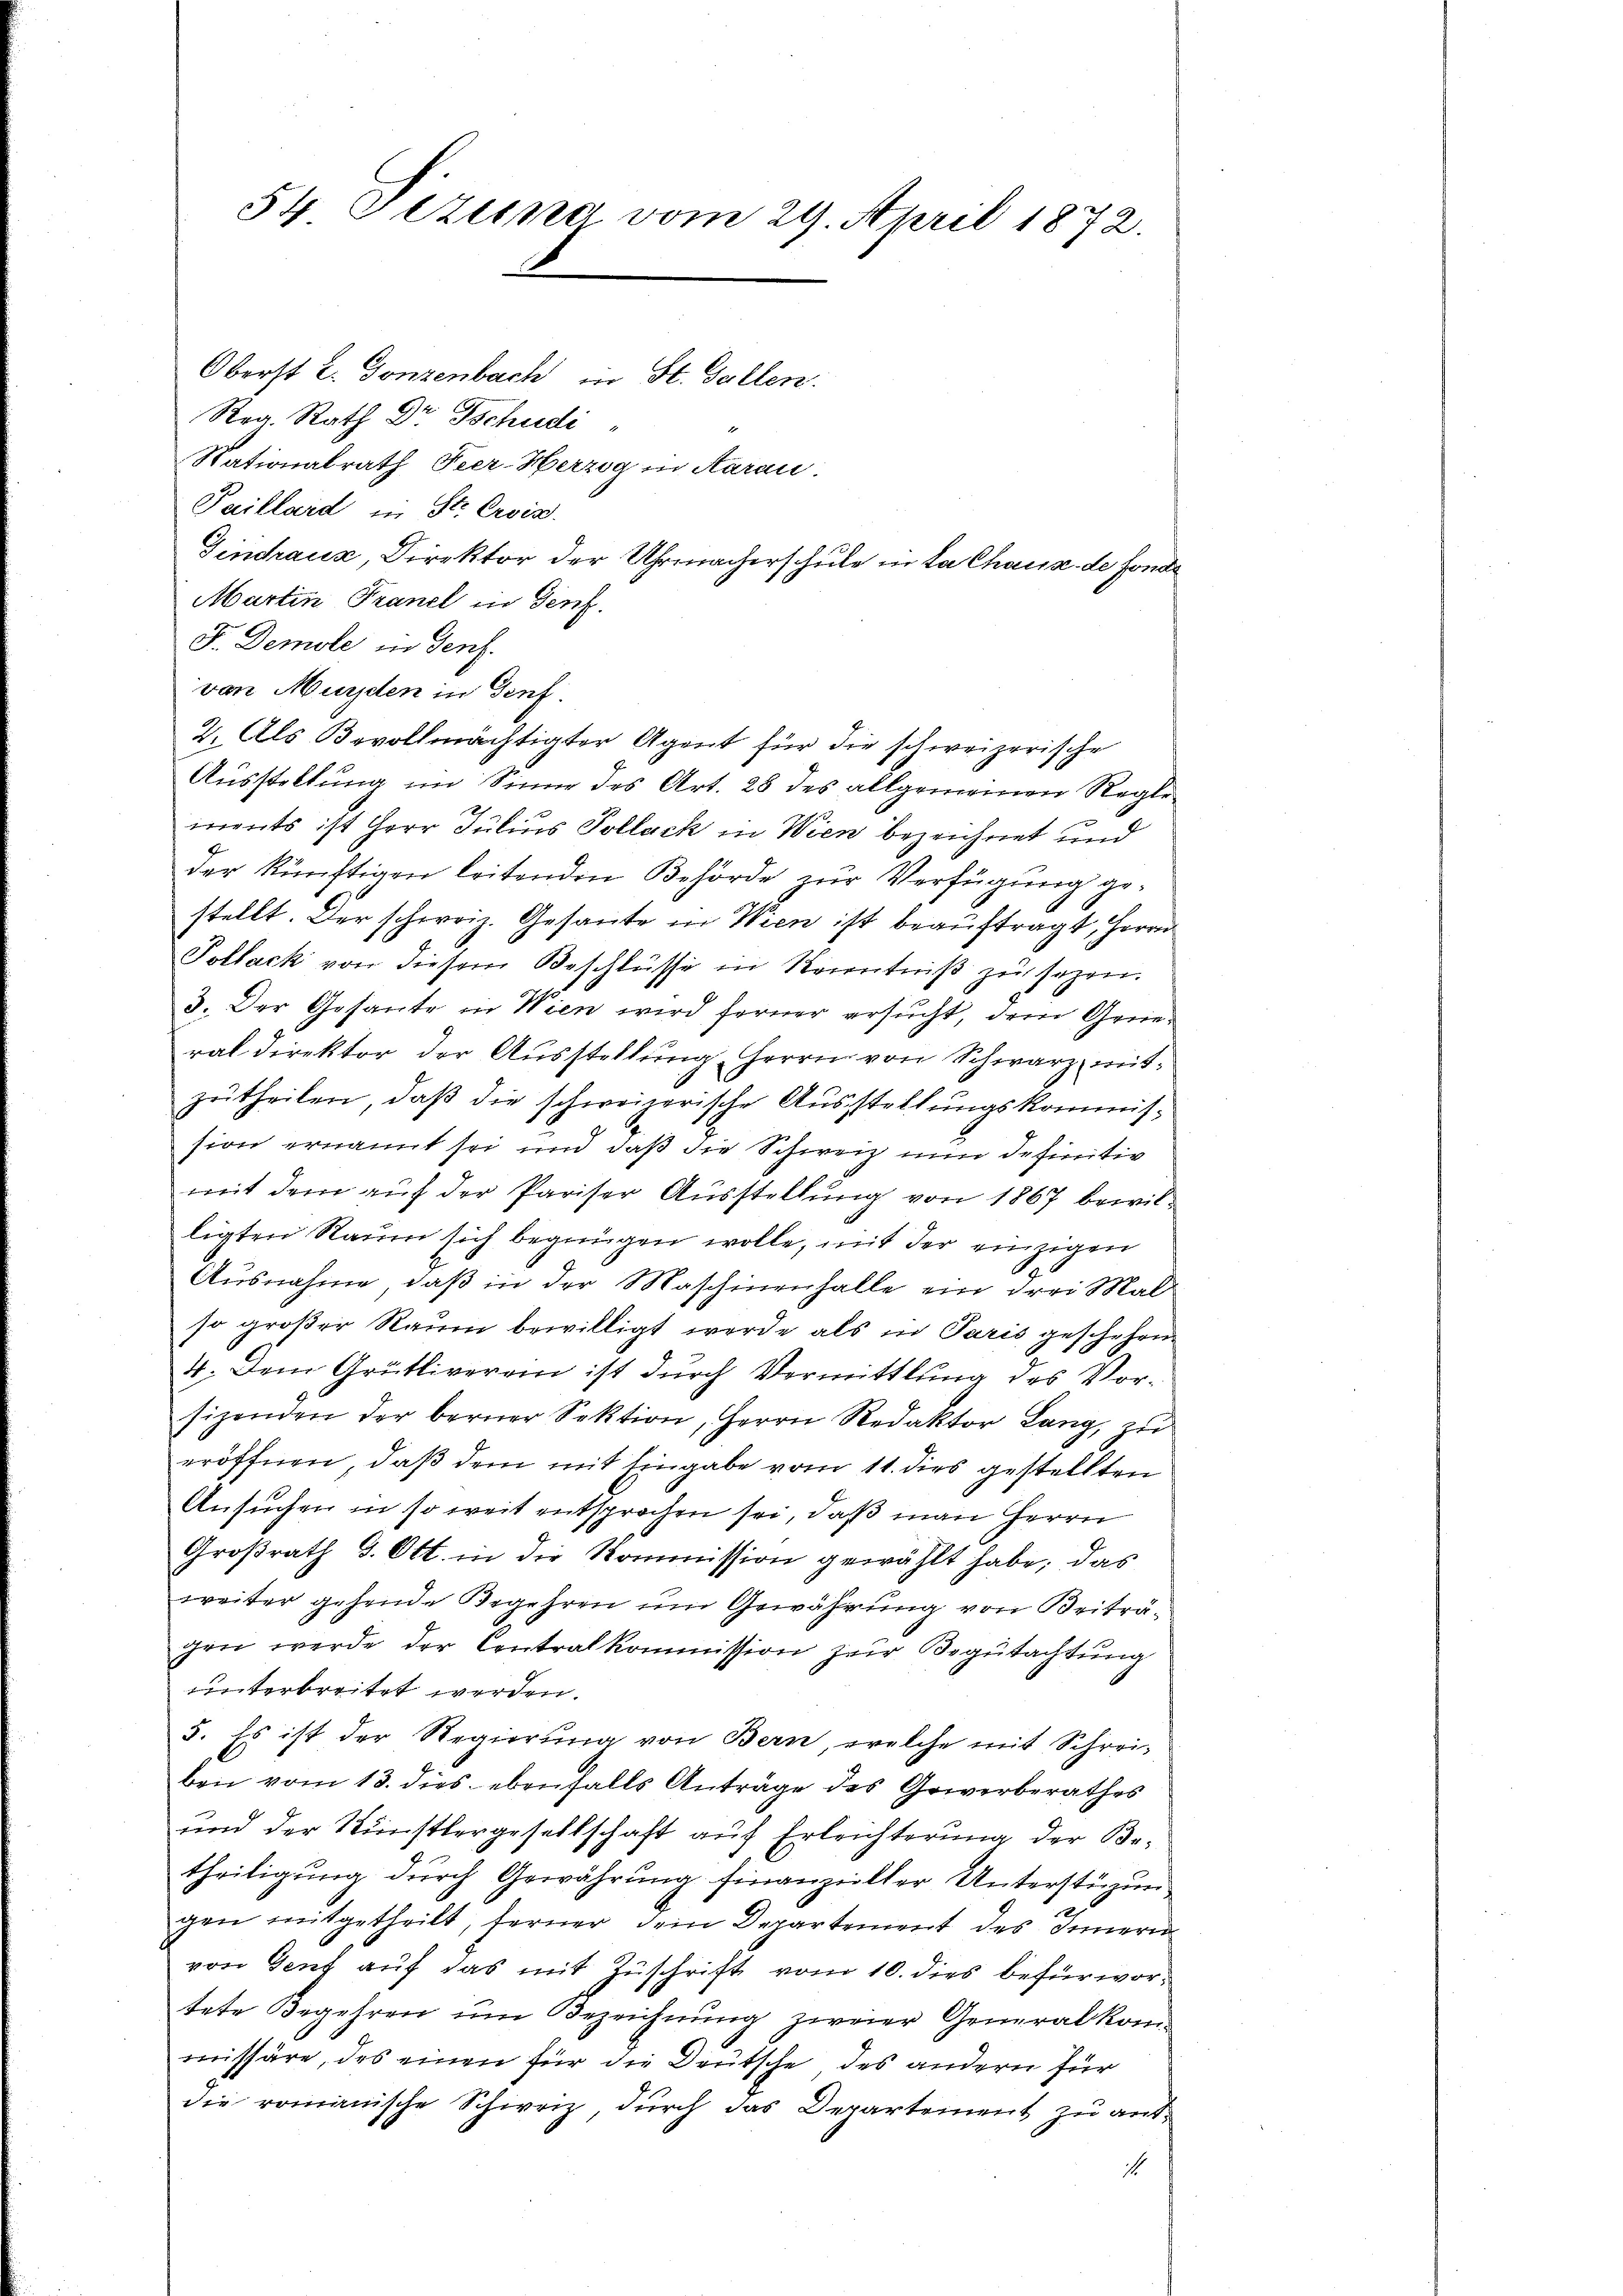
54 sezuna vom 29. April 1872.
Oberst L. Gonzenbach in St. Gallen.
Reg. Rath Dr Tschudi
Nationalrath Peer-Herzog in Aarau.
Paillard in St. Ersiz.
Gindraus, Direktor der Uhrmacherschule in da Chaus de sonde
Martin Franel in Genf.

F. Demole in Genf.
von Murden in Genf.
2. Als Bevollmächtigter Agent für die schweizerische
Ausstellung im Sinne des Art. 28 des allgemeinen Reglemnents ist Herr Julius Pollack in Wien bezeichnet und
der künftigen leitenden Behörde zur Verfügung gestellt. Der schweiz. Gesante in Wien ist beauftragt, Herrn
Pollack von diesem Beschlüsse in Kenntniß zu sezen.
3. Der Gosante in Wien wird ferner ersucht, dem General direktor der Ausstellung, Herrn von Schwarz mitzutheilen, daß die schweizerische Ausstellungskommis-
sion ernannt sei und daß die Schweiz um definitiv
mit dem auf der Pariser Ausstellung von 1867 bewilligten Raum sich begnügen wolle, mit der einzigen
Ausnahme, daß in der Maschinenhalle ein drei Mal
so großer Raum bewilligt werde als in Paris geschehen
4. Dem Grütliverein ist durch Vermittlung des Vorsizenden der berner Sektion, Herrn Redaktor Lang, zu
eröffnen, daß dem mit Eingabe vom 11. dies gestellten
Ansuchen in so weit entsprochen sei, daß man Herrn
Großrath d. Ott. in die Kommission gewählt habe; das
weiter gehende Begehren um Gewährung von Beiträgen werde der Centralkommission zur Begutachtung
uunterbreitet werden.
5. Es ist der Regierŭng von Bern, welche mit Schrei-
ben vom 13. dies ebenfalls Anträge des Gewerberathes
und der Künstlergesellschaft auf Erleichterung der Be-
theiligung durch Gewährung finanzieller Unterstüzungen mitgetheilt, ferner dein Departement des Innern
von Genf auf das mit Zuschrift vom 10. dies befürwortete Begehren um Bezeichnung zweier Generalkommissäre, des einen für die Deutsche des andern für
die romanische Schweiz, durch das Departement zu ant¬